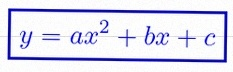
y=ax^2+bx+c